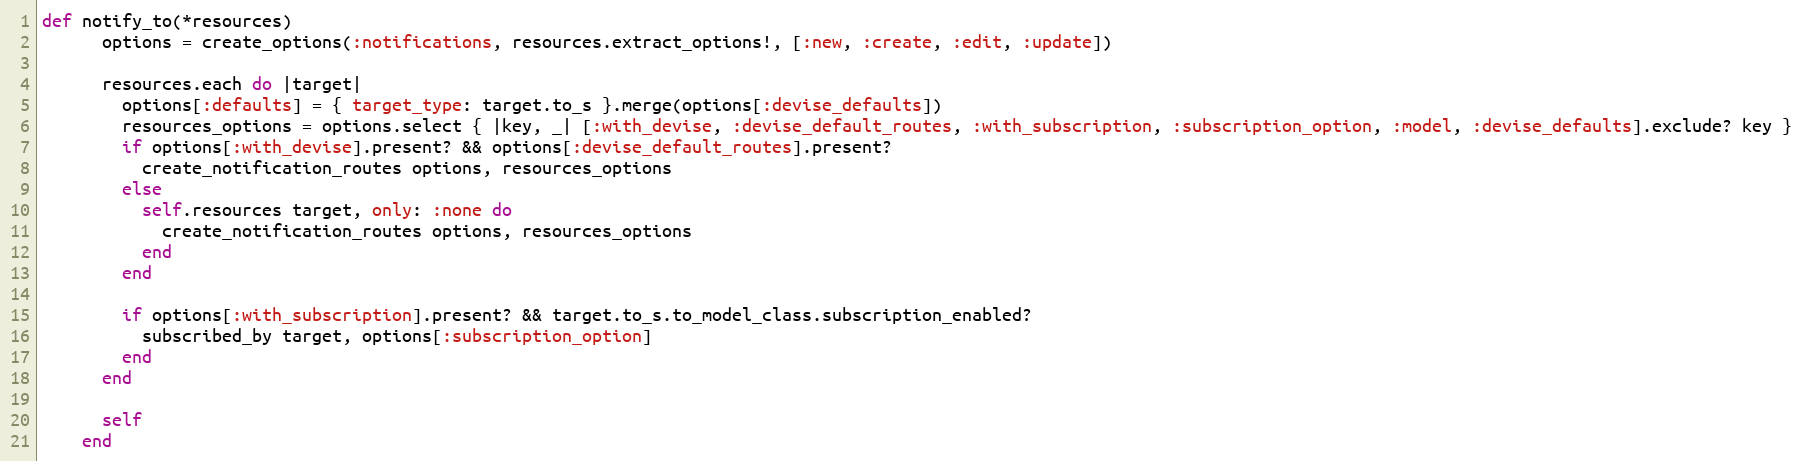
Language: Ruby
def notify_to(*resources)
      options = create_options(:notifications, resources.extract_options!, [:new, :create, :edit, :update])

      resources.each do |target|
        options[:defaults] = { target_type: target.to_s }.merge(options[:devise_defaults])
        resources_options = options.select { |key, _| [:with_devise, :devise_default_routes, :with_subscription, :subscription_option, :model, :devise_defaults].exclude? key }
        if options[:with_devise].present? && options[:devise_default_routes].present?
          create_notification_routes options, resources_options
        else
          self.resources target, only: :none do
            create_notification_routes options, resources_options
          end
        end

        if options[:with_subscription].present? && target.to_s.to_model_class.subscription_enabled?
          subscribed_by target, options[:subscription_option]
        end
      end

      self
    end